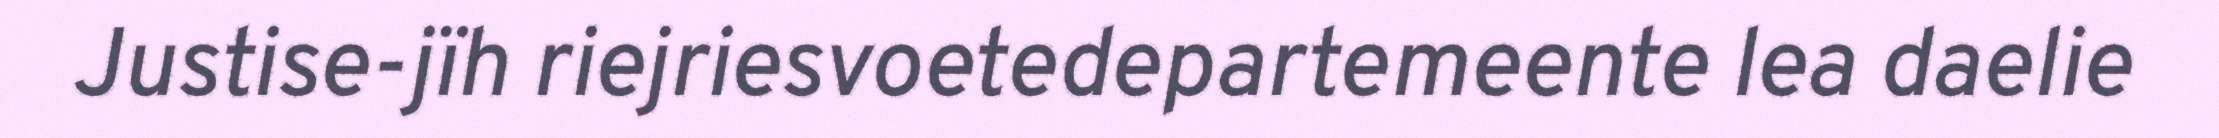
Justise-jïh riejriesvoetedepartemeente lea daelie